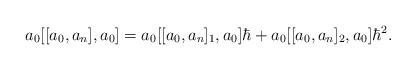
LaTeX: \begin{align*}a_{0}[[a_{0},a_{n}],a_{0}] =a_{0}[[a_{0},a_{n}]_{1},a_{0}]\hbar+ a_{0}[[a_{0},a_{n}]_{2},a_{0}]\hbar^{2}.\end{align*}